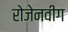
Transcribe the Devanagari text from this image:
रोजेनवीग